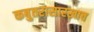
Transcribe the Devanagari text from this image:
कबुतरासारखाच